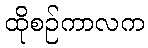
ထိုစဉ်ကာလက